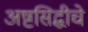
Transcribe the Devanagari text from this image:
अष्टसिद्धीचे